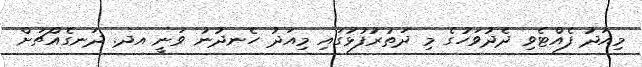
މިއަދު ފެއްޓެވި ދެދުވަހުގެ މި ދަތުރުފުޅުގައި މިއަދު ހެނދުނު ވަނީ އދ. ދަނގެއްޗަށް